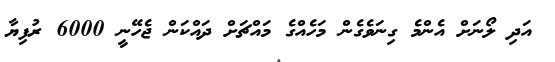
އަދި ލޯނަށް އެންމެ ގިނަވެގެން މަހެއްގެ މައްޗަށް ދައްކަން ޖެހޭނީ 6000 ރުފިޔާ